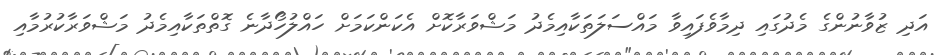
އަދި ޒުވާނުންގެ މެދުގައި ދިމާވެފައިވާ މައްސަލަތަކާއިމެދު މަޝްވަރާކޮށް އެކަންކަމަށް ހައްލުހޯދާނެ ގޮތްތަކާއިމެދު މަޝްވަރާކުރުމާއި